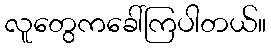
လူတွေကခေါ်ကြပါတယ်။